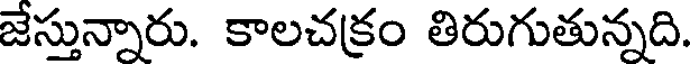
జేస్తున్నారు. కాలచక్రం తిరుగుతున్నది.